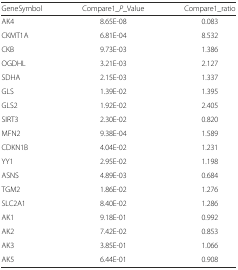
<table><thead><tr><td><b>GeneSymbol</b></td><td><b>Compare1_<i>P</i>_Value</b></td><td><b>Compare1_ratio</b></td></tr></thead><tbody><tr><td>AK4</td><td>8.65E-08</td><td>0.083</td></tr><tr><td>CKMT1A</td><td>6.81E-04</td><td>8.532</td></tr><tr><td>CKB</td><td>9.73E-03</td><td>1.386</td></tr><tr><td>OGDHL</td><td>3.21E-03</td><td>2.127</td></tr><tr><td>SDHA</td><td>2.15E-03</td><td>1.337</td></tr><tr><td>GLS</td><td>1.39E-02</td><td>1.395</td></tr><tr><td>GLS2</td><td>1.92E-02</td><td>2.405</td></tr><tr><td>SIRT3</td><td>2.30E-02</td><td>0.820</td></tr><tr><td>MFN2</td><td>9.38E-04</td><td>1.589</td></tr><tr><td>CDKN1B</td><td>4.04E-02</td><td>1.231</td></tr><tr><td>YY1</td><td>2.95E-02</td><td>1.198</td></tr><tr><td>ASNS</td><td>4.89E-03</td><td>0.684</td></tr><tr><td>TGM2</td><td>1.86E-02</td><td>1.276</td></tr><tr><td>SLC2A1</td><td>8.40E-02</td><td>1.286</td></tr><tr><td>AK1</td><td>9.18E-01</td><td>0.992</td></tr><tr><td>AK2</td><td>7.42E-02</td><td>0.853</td></tr><tr><td>AK3</td><td>3.85E-01</td><td>1.066</td></tr><tr><td>AK5</td><td>6.44E-01</td><td>0.908</td></tr></tbody></table>